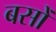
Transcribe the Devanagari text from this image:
बसोँ